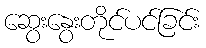
ဆွေးနွေးတိုင်ပင်ခြင်း